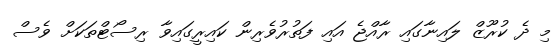
މި ދެ ކުރޫޒް ލައިނާގައި ރާއްޖެ އައި ފަތުރުވެރިން ކައިރީގައިވާ ރިސޯޓްތަކަށް ވެސް